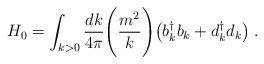
LaTeX: \begin{align*}H_0=\int_{k>0} {dk \over 4\pi} \Biggl({m^2 \over k}\Biggr)\bigl(b_k^\dagger b_k+d_k^\dagger d_k\bigr) \;.\end{align*}